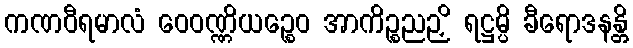
ကဏဝီရမာလံ ဝေဝဏ္ဏိယဉ္စေဝ အာကိဉ္စညဉှိ ရဋ္ဌမ္ပိ ခီရောဒနန္တိ